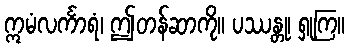
ဣမံလင်္ကာရံ၊ ဤတန်ဆာကို။ ပဿန္တု၊ ရှုကြ။